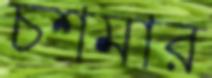
চশমার